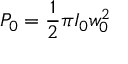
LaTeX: P _ { 0 } = { \frac { 1 } { 2 } } \pi I _ { 0 } w _ { 0 } ^ { 2 }